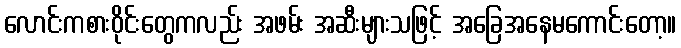
လောင်းကစားဝိုင်းတွေကလည်း အဖမ်း အဆီးများသဖြင့် အခြေအနေမကောင်းတော့။